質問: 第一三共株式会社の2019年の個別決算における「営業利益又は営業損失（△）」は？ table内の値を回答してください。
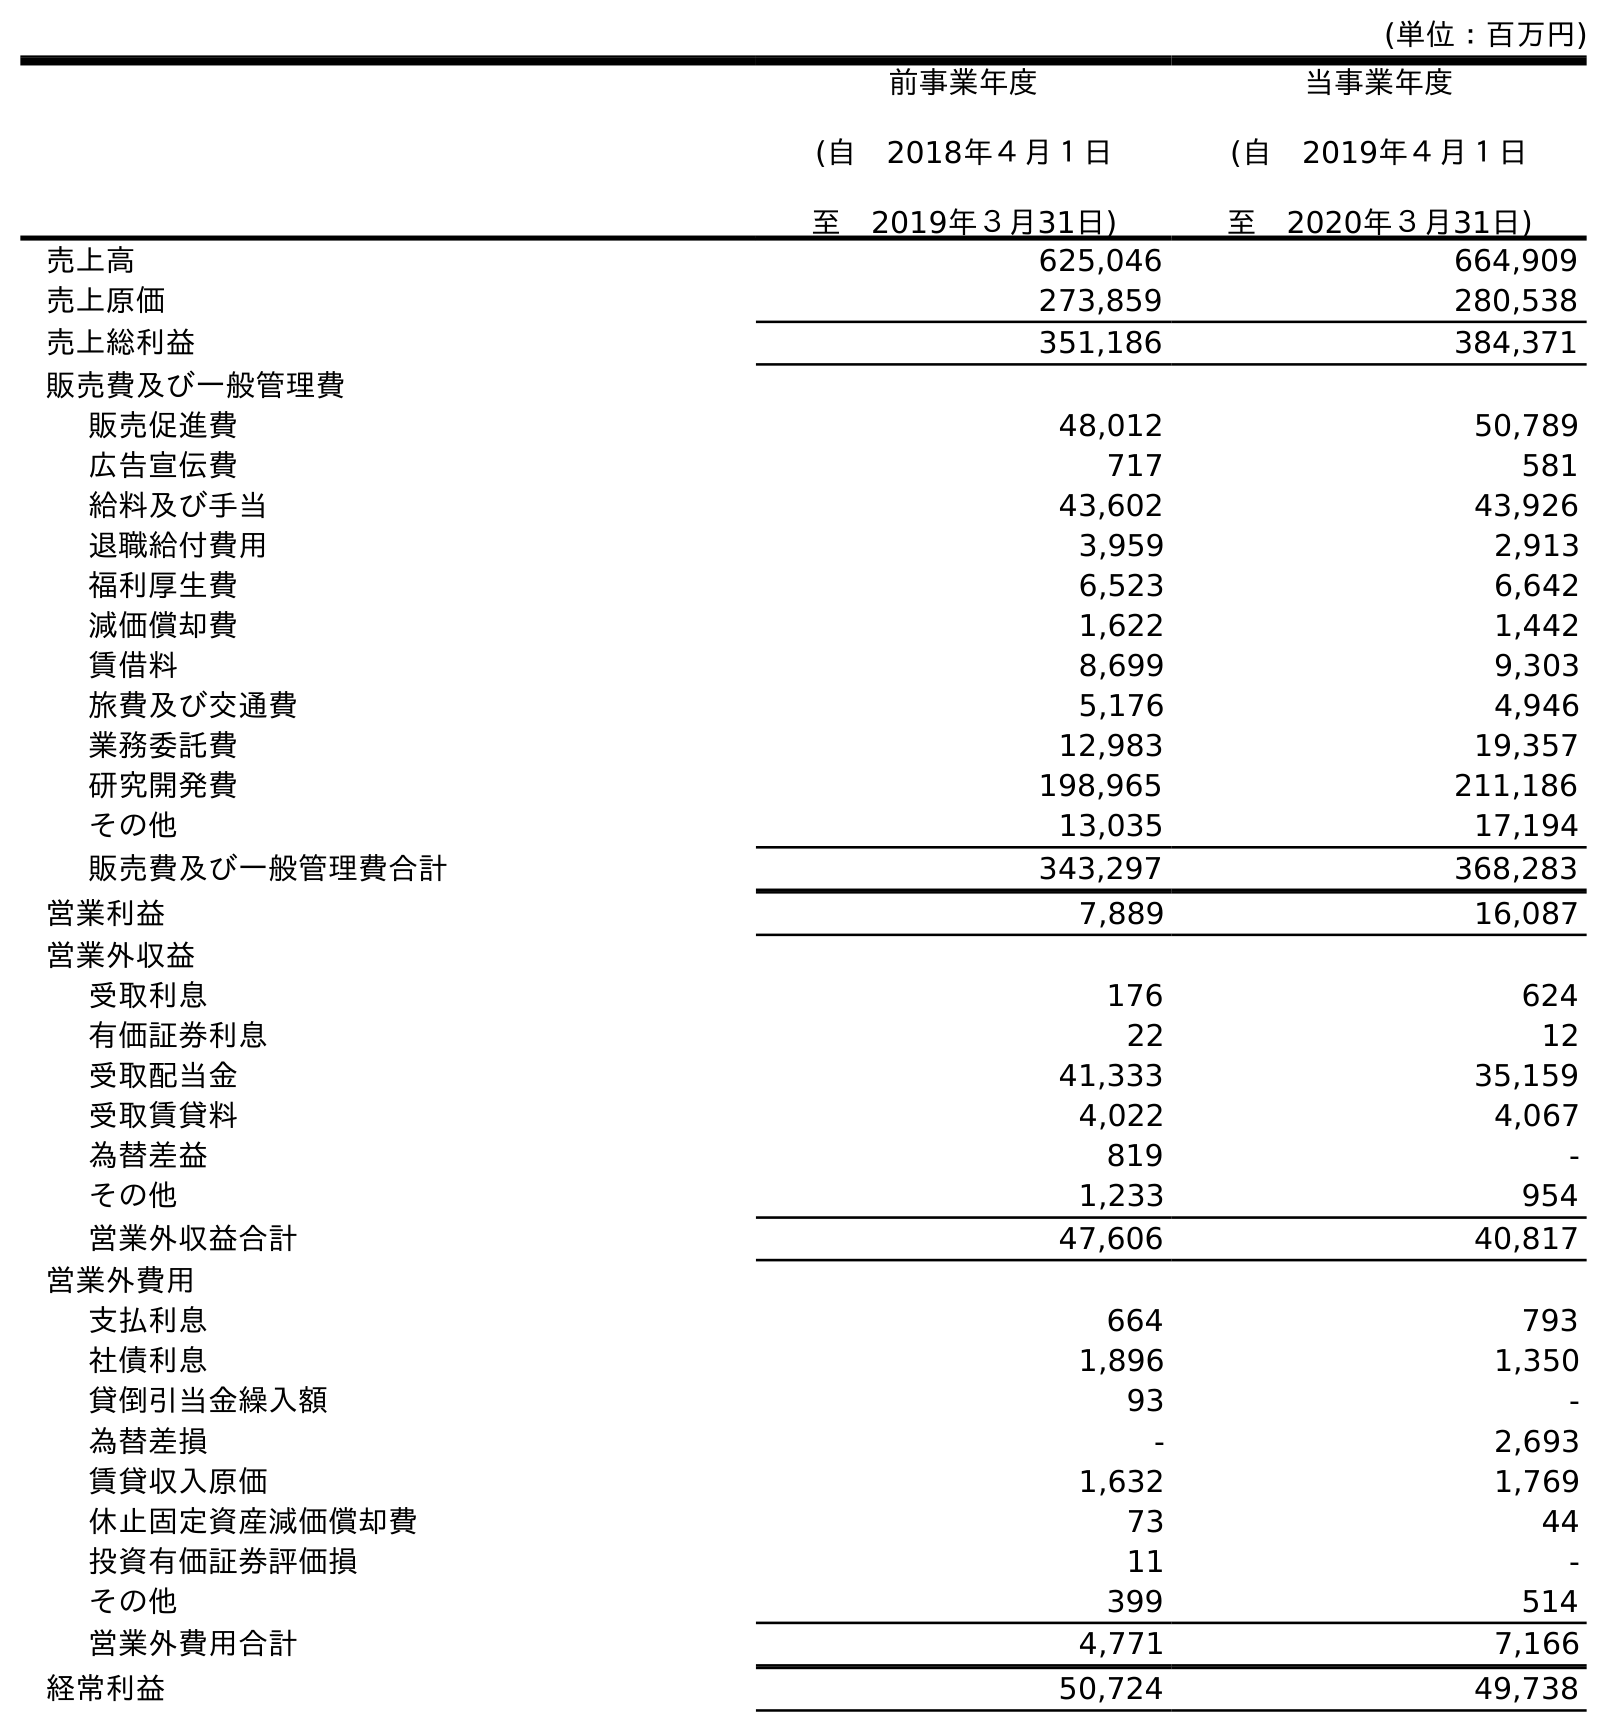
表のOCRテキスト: (単位：百万円) 前事業年度 (自 2018年４月１日 至 2019年３月31日) 当事業年度 (自 2019年４月１日 至 2020年３月31日) 売上高 625,046 664,909 売上原価 273,859 280,538 売上総利益 351,186 384,371 販売費及び一般管理費 販売促進費 48,012 50,789 広告宣伝費 717 581 給料及び手当 43,602 43,926 退職給付費用 3,959 2,913 福利厚生費 6,523 6,642 減価償却費 1,622 1,442 賃借料 8,699 9,303 旅費及び交通費 5,176 4,946 業務委託費 12,983 19,357 研究開発費 198,965 211,186 その他 13,035 17,194 販売費及び一般管理費合計 343,297 368,283 営業利益 7,889 16,087 営業外収益 受取利息 176 624 有価証券利息 22 12 受取配当金 41,333 35,159 受取賃貸料 4,022 4,067 為替差益 819 - その他 1,233 954 営業外収益合計 47,606 40,817 営業外費用 支払利息 664 793 社債利息 1,896 1,350 貸倒引当金繰入額 93 - 為替差損 - 2,693 賃貸収入原価 1,632 1,769 休止固定資産減価償却費 73 44 投資有価証券評価損 11 - その他 399 514 営業外費用合計 4,771 7,166 経常利益 50,724 49,738
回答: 7,889